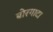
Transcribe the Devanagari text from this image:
बोरगाटा